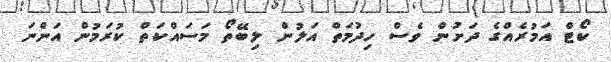
ކޯޓް އަމުރެއްގެ ދަށުން ވެސް ހިދުމަތް އަލުން ލިބޭތޯ މަސައްކަތް ކުރަަމުން އަންނަ